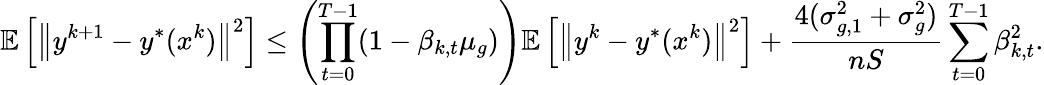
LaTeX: \mathbb{E}\left[\left\| y^{k+1}-y^{*}(x^{k})\right\| ^{2}\right]\leq\left(\prod_{t=0}^{T-1}(1-\beta_{k,t}\mu_{g})\right)\mathbb{E}\left[\left\| y^{k}-y^{*}(x^{k})\right\| ^{2}\right]+\frac{4(\sigma_{g,1}^{2}+\sigma_{g}^{2})}{nS}\sum_{t=0}^{T-1}\beta_{k,t}^{2}.